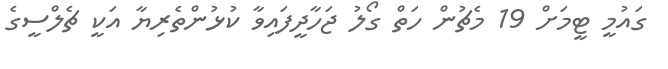
ގައުމީ ޓީމަށް 19 މެޗުން ހަތް ގޯލު ޖަހާދީފައިވާ ކުޅުންތެރިޔާ އަކީ ޗެލްސީގެ